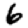
Digit: 6